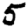
Digit: 5